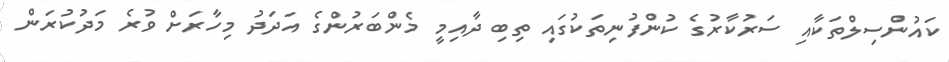
ކައުންސިލްތަކާއި ސަރުކާރުގެ ކުންފުނިތަކުގައި ތިބި ދާއިމީ މެންބަރުންގެ އަދަދު މިހާރަށް ވުރެ މަދުކުރަން